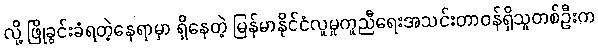
လို့ ဖြိုခွင်းခံရတဲ့နေရာမှာ ရှိနေတဲ့ မြန်မာနိုင်ငံလူမှုကူညီရေးအသင်းတာဝန်ရှိသူတစ်ဦးက